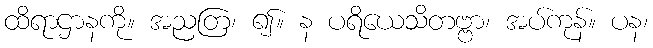
ထိရာဌာနကို။ အညတြ၊ ၍။ န ပရိယေသိတဗ္ဗာ၊ အပ်ကုန်။ ပန၊